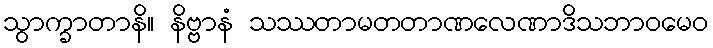
သွာက္ခာတာနိ။ နိဗ္ဗာနံ သဿတာမတတာဏလေဏာဒိသဘာဝမေဝ